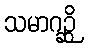
သမာဂဉ္ဆိ